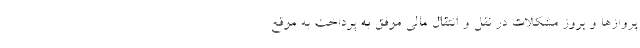
پروازها و بروز مشکلات در نقل و انتقال مالی موفق به پرداخت به موقع